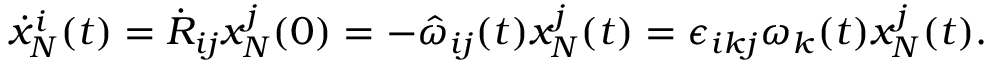
\begin{array} { r } { \dot { x } _ { N } ^ { i } ( t ) = \dot { R } _ { i j } x _ { N } ^ { j } ( 0 ) = - \hat { \omega } _ { i j } ( t ) x _ { N } ^ { j } ( t ) = \epsilon _ { i k j } \omega _ { k } ( t ) x _ { N } ^ { j } ( t ) . } \end{array}